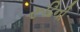
રૂઢિની